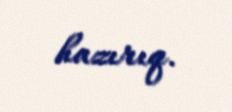
hazırıq.